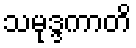
သမုဒ္ဒကာတိ